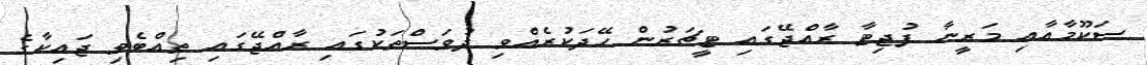
ސަކޫމާއާއި މަރީނާ ފުޖިޓާ ރާއްޖޭގައި ޓީޗަރުން ހޭދަކުރެއްވި ދުވަސްތަކުގައި ރާއްޖޭގައި ތިއްބެވި ޖައިކާގެ